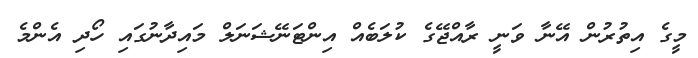
މީގެ އިތުރުން އޭނާ ވަނީ ރާއްޖޭގެ ކުލަބެއް އިންޓަނޭޝަނަލް މައިދާނުގައި ހޯދި އެންމެ